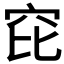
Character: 𥤻